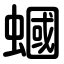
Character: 蟈